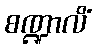
စဏ္ဍာလိံ